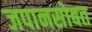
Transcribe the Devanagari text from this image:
जपानसोबत